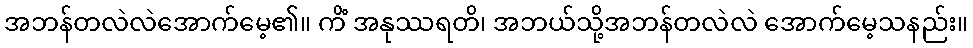
အဘန်တလဲလဲအောက်မေ့၏။ ကိံ အနုဿရတိ၊ အဘယ်သို့အဘန်တလဲလဲ အောက်မေ့သနည်း။